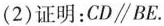
(2)证明：CD \parallel BE.